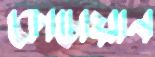
কোচোয়ান